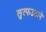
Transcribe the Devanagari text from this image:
लुत्फउठाने